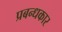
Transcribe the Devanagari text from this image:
प्रबन्धकार